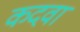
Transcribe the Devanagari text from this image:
कदवा